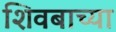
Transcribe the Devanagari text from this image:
शिवबाच्या